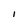
Character: 1